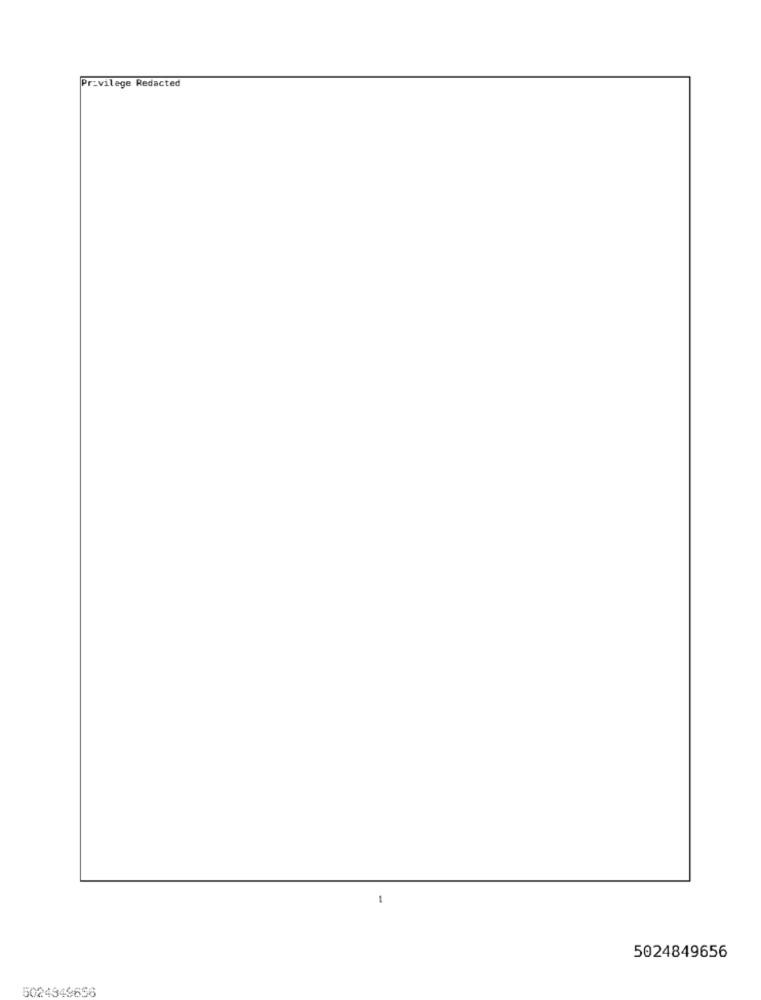
Privilege Redacted
5024849656
5024549656